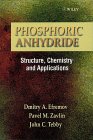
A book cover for Phosphoric Anhydride: Structure Chemistry and Applications; D. A. Efremov; Science & Math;